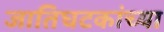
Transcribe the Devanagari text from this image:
जातिघटकांच्या